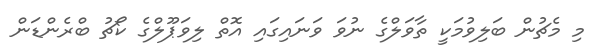
މި މެޗުން ބަލިވުމަކީ ތާވަލްގެ ނުވަ ވަނައިގައި އޮތް ލިވަޕޫލްގެ ކޯޗު ބްރެންޑަން